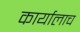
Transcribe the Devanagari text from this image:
कार्यालाच